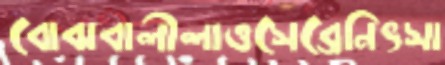
বোঝবালীলাওসেব্রেনিৎসা